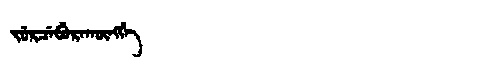
Manchu: ᠵᡠᡵᠴᡝᠪᡠᡵᠠᡴᡡᠩᡤᡝ
Romanization: JURCEBURAKŪNGGE